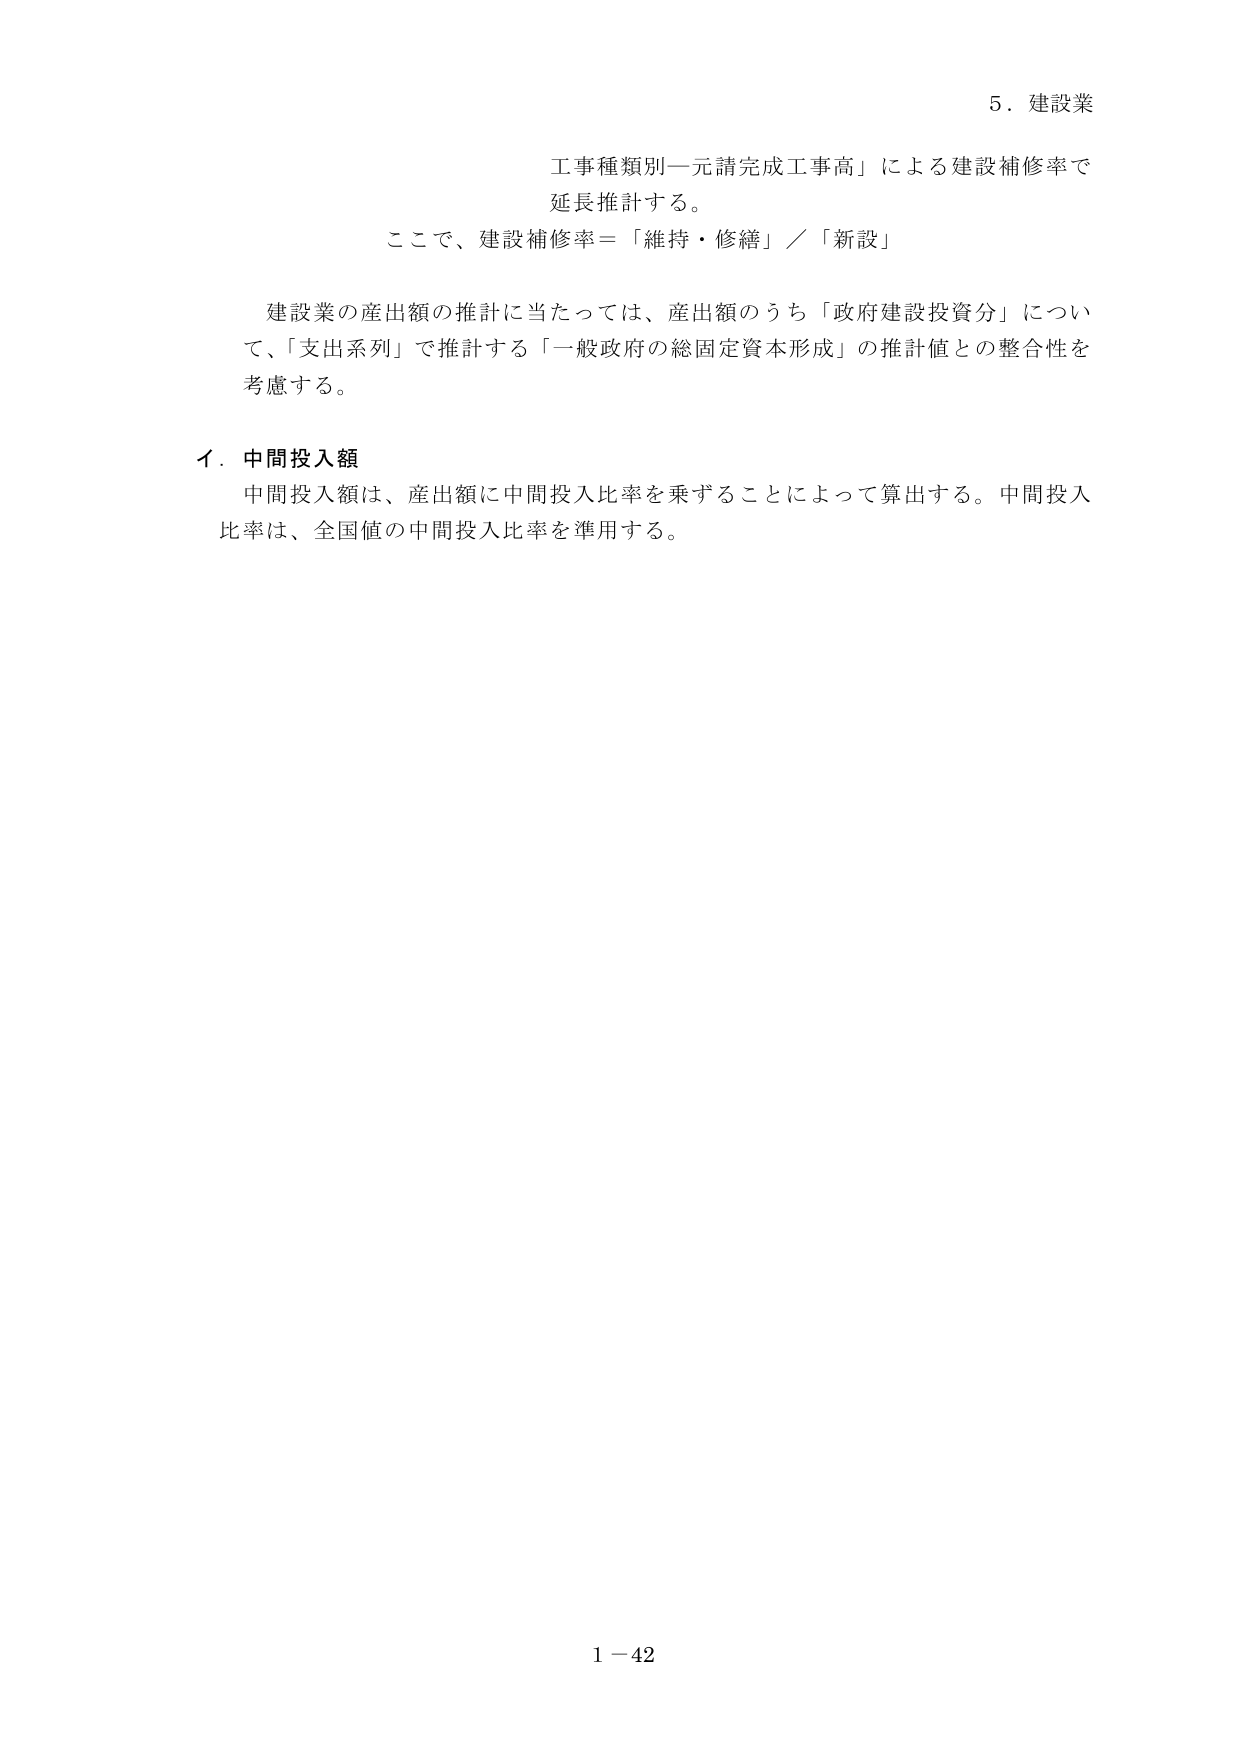
5．建設業

工事種類別一元請完成工事高」による建設補修率で
延長推計する。
ここで、建設補修率＝「維持・修繕」／「新設」

建設業の産出額の推計に当たっては、産出額のうち「政府建設投資分」につい
て、「支出系列」で推計する「一般政府の総固定資本形成」の推計値との整合性を
考慮する。

イ．中間投入額
中間投入額は、産出額に中間投入比率を乗ずることによって算出する。中間投入
比率は、全国値の中間投入比率を準用する。

1－42